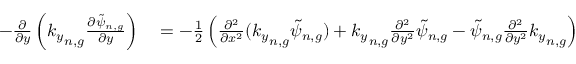
\begin{array} { r l r l } { - { \frac { \partial } { \partial y } } \left( { k _ { y } } _ { n , g } \frac { \partial \tilde { \psi } _ { n , g } } { \partial y } \right) } & { { } = - \frac { 1 } { 2 } \left( \frac { \partial ^ { 2 } } { \partial x ^ { 2 } } ( { k _ { y } } _ { n , g } \tilde { \psi } _ { n , g } ) + { k _ { y } } _ { n , g } \frac { \partial ^ { 2 } } { \partial y ^ { 2 } } \tilde { \psi } _ { n , g } - \tilde { \psi } _ { n , g } \frac { \partial ^ { 2 } } { \partial y ^ { 2 } } { k _ { y } } _ { n , g } \right) } & { } & { { } \textit { a n a l y t i c a l f o r m } } \end{array}